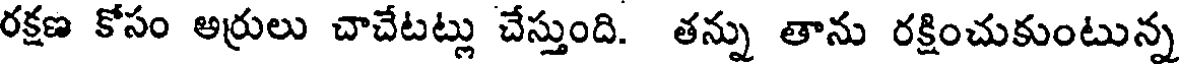
రక్షణ కోసం అర్రులు చాచేటట్లు చేస్తుంది. తన్ను తాను రక్షించుకుంటున్న